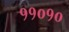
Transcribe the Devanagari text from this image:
११०१०